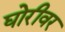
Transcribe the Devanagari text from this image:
घोरीवर